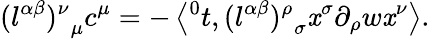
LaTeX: {(l^{\alpha\beta})^{\nu}}_{\mu}c^{\mu}=-\left\langle{^0t},{(l^{\alpha\beta})^{\rho}}_{\sigma}\mathit{x}^{\sigma}\partial_{\rho}w\mathit{x}^{\nu}\right\rangle.